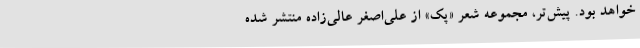
خواهد بود. پیش‌تر، مجموعه شعر «پک» از علی‌اصغر عالی‌زاده منتشر شده